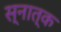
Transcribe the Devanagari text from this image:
स्नात्क